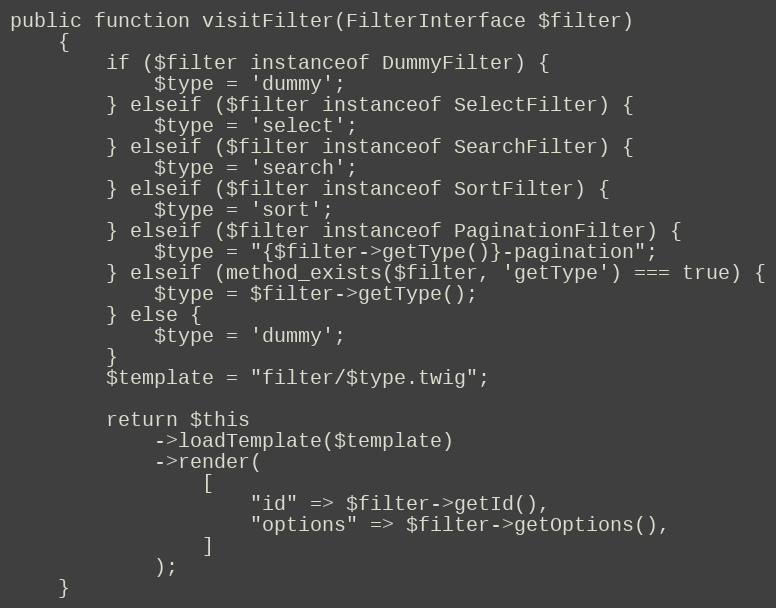
Language: PHP
public function visitFilter(FilterInterface $filter)
    {
        if ($filter instanceof DummyFilter) {
            $type = 'dummy';
        } elseif ($filter instanceof SelectFilter) {
            $type = 'select';
        } elseif ($filter instanceof SearchFilter) {
            $type = 'search';
        } elseif ($filter instanceof SortFilter) {
            $type = 'sort';
        } elseif ($filter instanceof PaginationFilter) {
            $type = "{$filter->getType()}-pagination";
        } elseif (method_exists($filter, 'getType') === true) {
            $type = $filter->getType();
        } else {
            $type = 'dummy';
        }
        $template = "filter/$type.twig";

        return $this
            ->loadTemplate($template)
            ->render(
                [
                    "id" => $filter->getId(),
                    "options" => $filter->getOptions(),
                ]
            );
    }